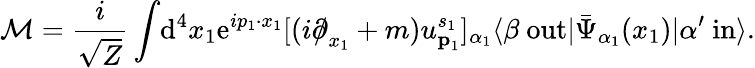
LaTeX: {\mathcal{M}}={\frac{i}{\sqrt{Z}}}\int\! \mathrm{d}^{4}x_{1}\mathrm{e}^{ip_{1}\cdot x_{1}}[(i{\partial\! \! \! /}_{x_{1}}+m)u_{{\textbf{p}}_{1}}^{s_{1}}]_{\alpha_{1}}\langle\beta\ \mathrm{out}|{\bar{\Psi}}_{\alpha_{1}}(x_{1})|\alpha^{\prime}\ \mathrm{in}\rangle.